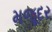
મજૂદર